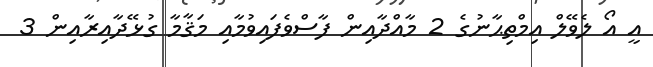
އީ އޯ ލެވޭލް އިމްތިޙާނުގެ 2 މާއްދާއިން ފާސްވެފައިވުމާއި މަޤާމާ ގުޅޭދާއިރާއިން 3